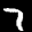
Digit: 7